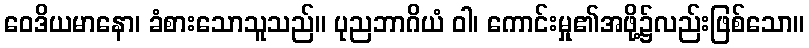
ဝေဒိယမာနော၊ ခံစားသောသူသည်။ ပုညဘာဂိယံ ဝါ၊ ကောင်းမှု၏အဖို့၌လည်းဖြစ်သော။